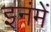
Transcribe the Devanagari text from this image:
इनंमें